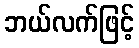
ဘယ်လက်ဖြင့်